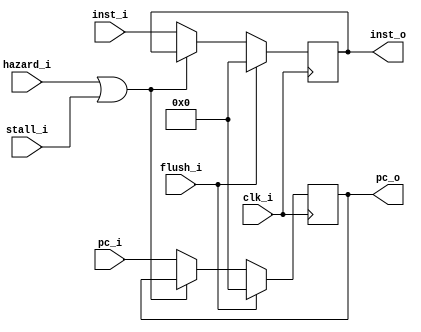
module IF_ID
(
    clk_i,
    stall_i,
    pc_i,
    inst_i,
    hazard_i,
    flush_i,
    pc_o,
    inst_o
);

input       [31:0]  pc_i, inst_i;
input               clk_i, hazard_i, flush_i, stall_i;
output  reg [31:0]  pc_o, inst_o;

initial begin
    pc_o = 0;
    inst_o = 0;
end

always @(posedge clk_i) begin
    if (flush_i) begin
        pc_o <= 0;
        inst_o <= 0;
    end
    else if (hazard_i || stall_i) begin
        pc_o <= pc_o;
        inst_o <= inst_o;
    end
    else begin
        pc_o <= pc_i;
        inst_o <= inst_i;
    end
end

endmodule